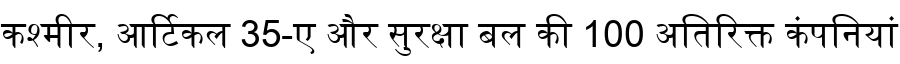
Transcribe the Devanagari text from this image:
कश्मीर, आर्टिकल 35-ए और सुरक्षा बल की 100 अतिरिक्त कंपनियां